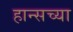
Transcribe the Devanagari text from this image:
हान्सच्या